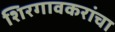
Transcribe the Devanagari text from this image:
शिरगावकरांचा